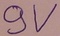
Text: 9V